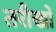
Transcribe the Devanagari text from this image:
तरीखों